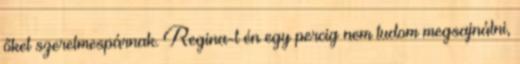
őket szerelmespárnak. Regina-t én egy percig nem tudom megsajnálni,